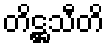
တိဋ္ဌသီတိ